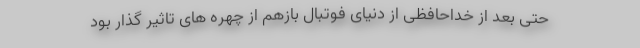
حتی بعد از خداحافظی از دنیای فوتبال بازهم از چهره های تاثیر گذار بود